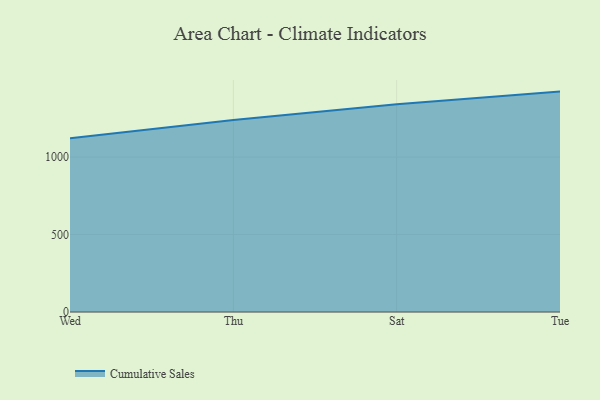
{"axis": {"x": "Day", "y": "Budget (USD K)"}, "legend": ["Cumulative Sales"], "data": [{"x": "Wed", "y": 1121.6, "type": "Cumulative Sales"}, {"x": "Thu", "y": 1238.8, "type": "Cumulative Sales"}, {"x": "Sat", "y": 1341.4, "type": "Cumulative Sales"}, {"x": "Tue", "y": 1422.8, "type": "Cumulative Sales"}]}